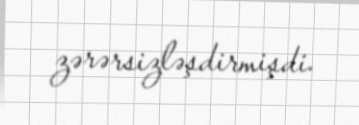
zərərsizləşdirmişdi.